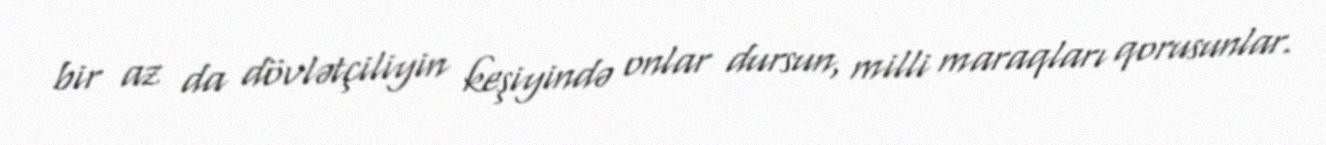
bir az da dövlətçiliyin keşiyində onlar dursun, milli maraqları qorusunlar.